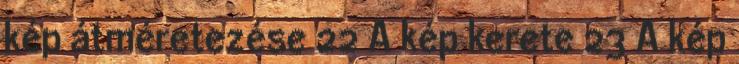
kép átméretezése 22 A kép kerete 23 A kép